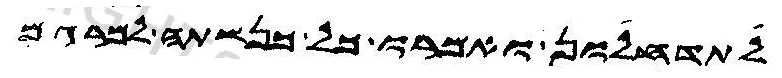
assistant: לתדחלון ואמרו כל כנשתה למרגם